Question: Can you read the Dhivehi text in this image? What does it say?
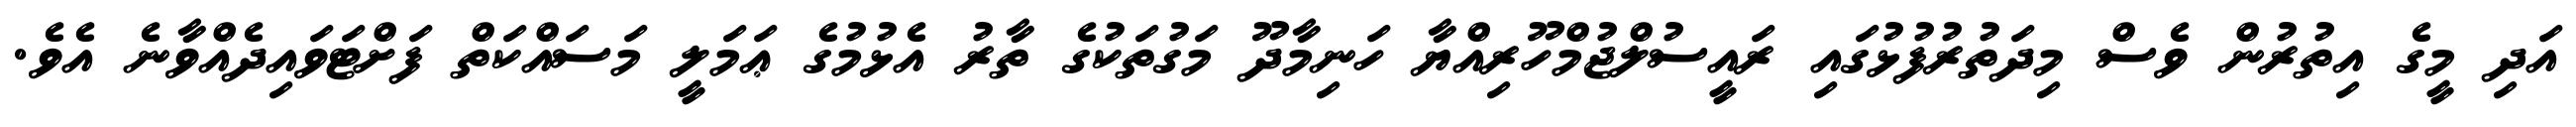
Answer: އަދި މީގެ އިތުރުން ވެސް މިދަތުރުފުޅުގައި ރައީސުލްޖުމްހޫރިއްޔާ ހަނިމާދޫ މަގުތަކުގެ ތާރު އެޅުމުގެ ޢަމަލީ މަސައްކަތް ފަށްޓަވައިދެއްވާނެ އެވެ.